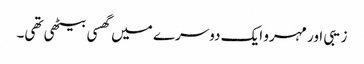
زیبی اور مہرو ایک دوسرے میں گھسی بیٹھی تھی۔